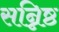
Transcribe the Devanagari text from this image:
सन्निष्ठ